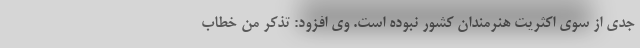
جدی از سوی اکثریت هنرمندان کشور نبوده است. وی افزود: تذکر من خطاب